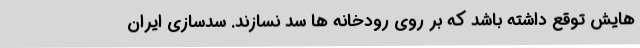
هایش توقع داشته باشد که بر روی رودخانه ها سد نسازند. سدسازی ایران